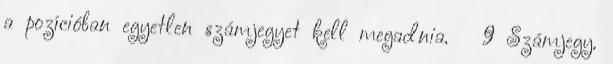
a pozícióban egyetlen számjegyet kell megadnia.  9 Számjegy.